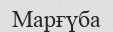
Марғүба